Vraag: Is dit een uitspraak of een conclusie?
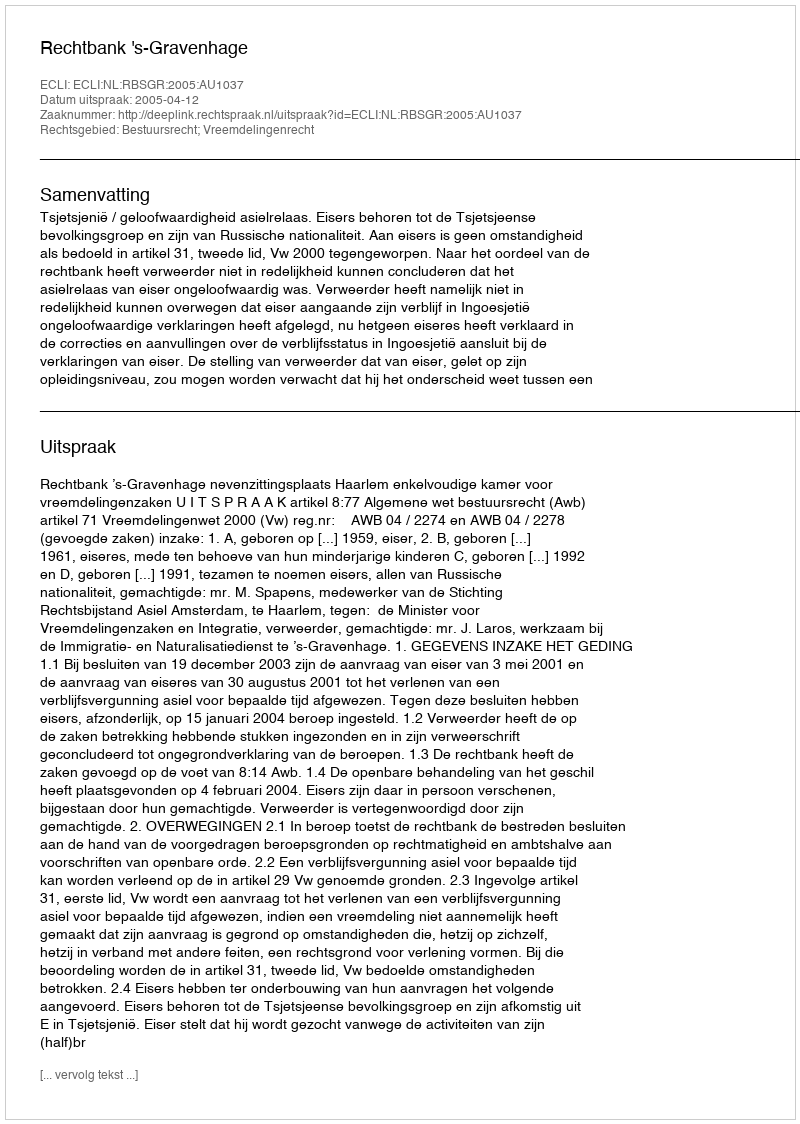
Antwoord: Uitspraak